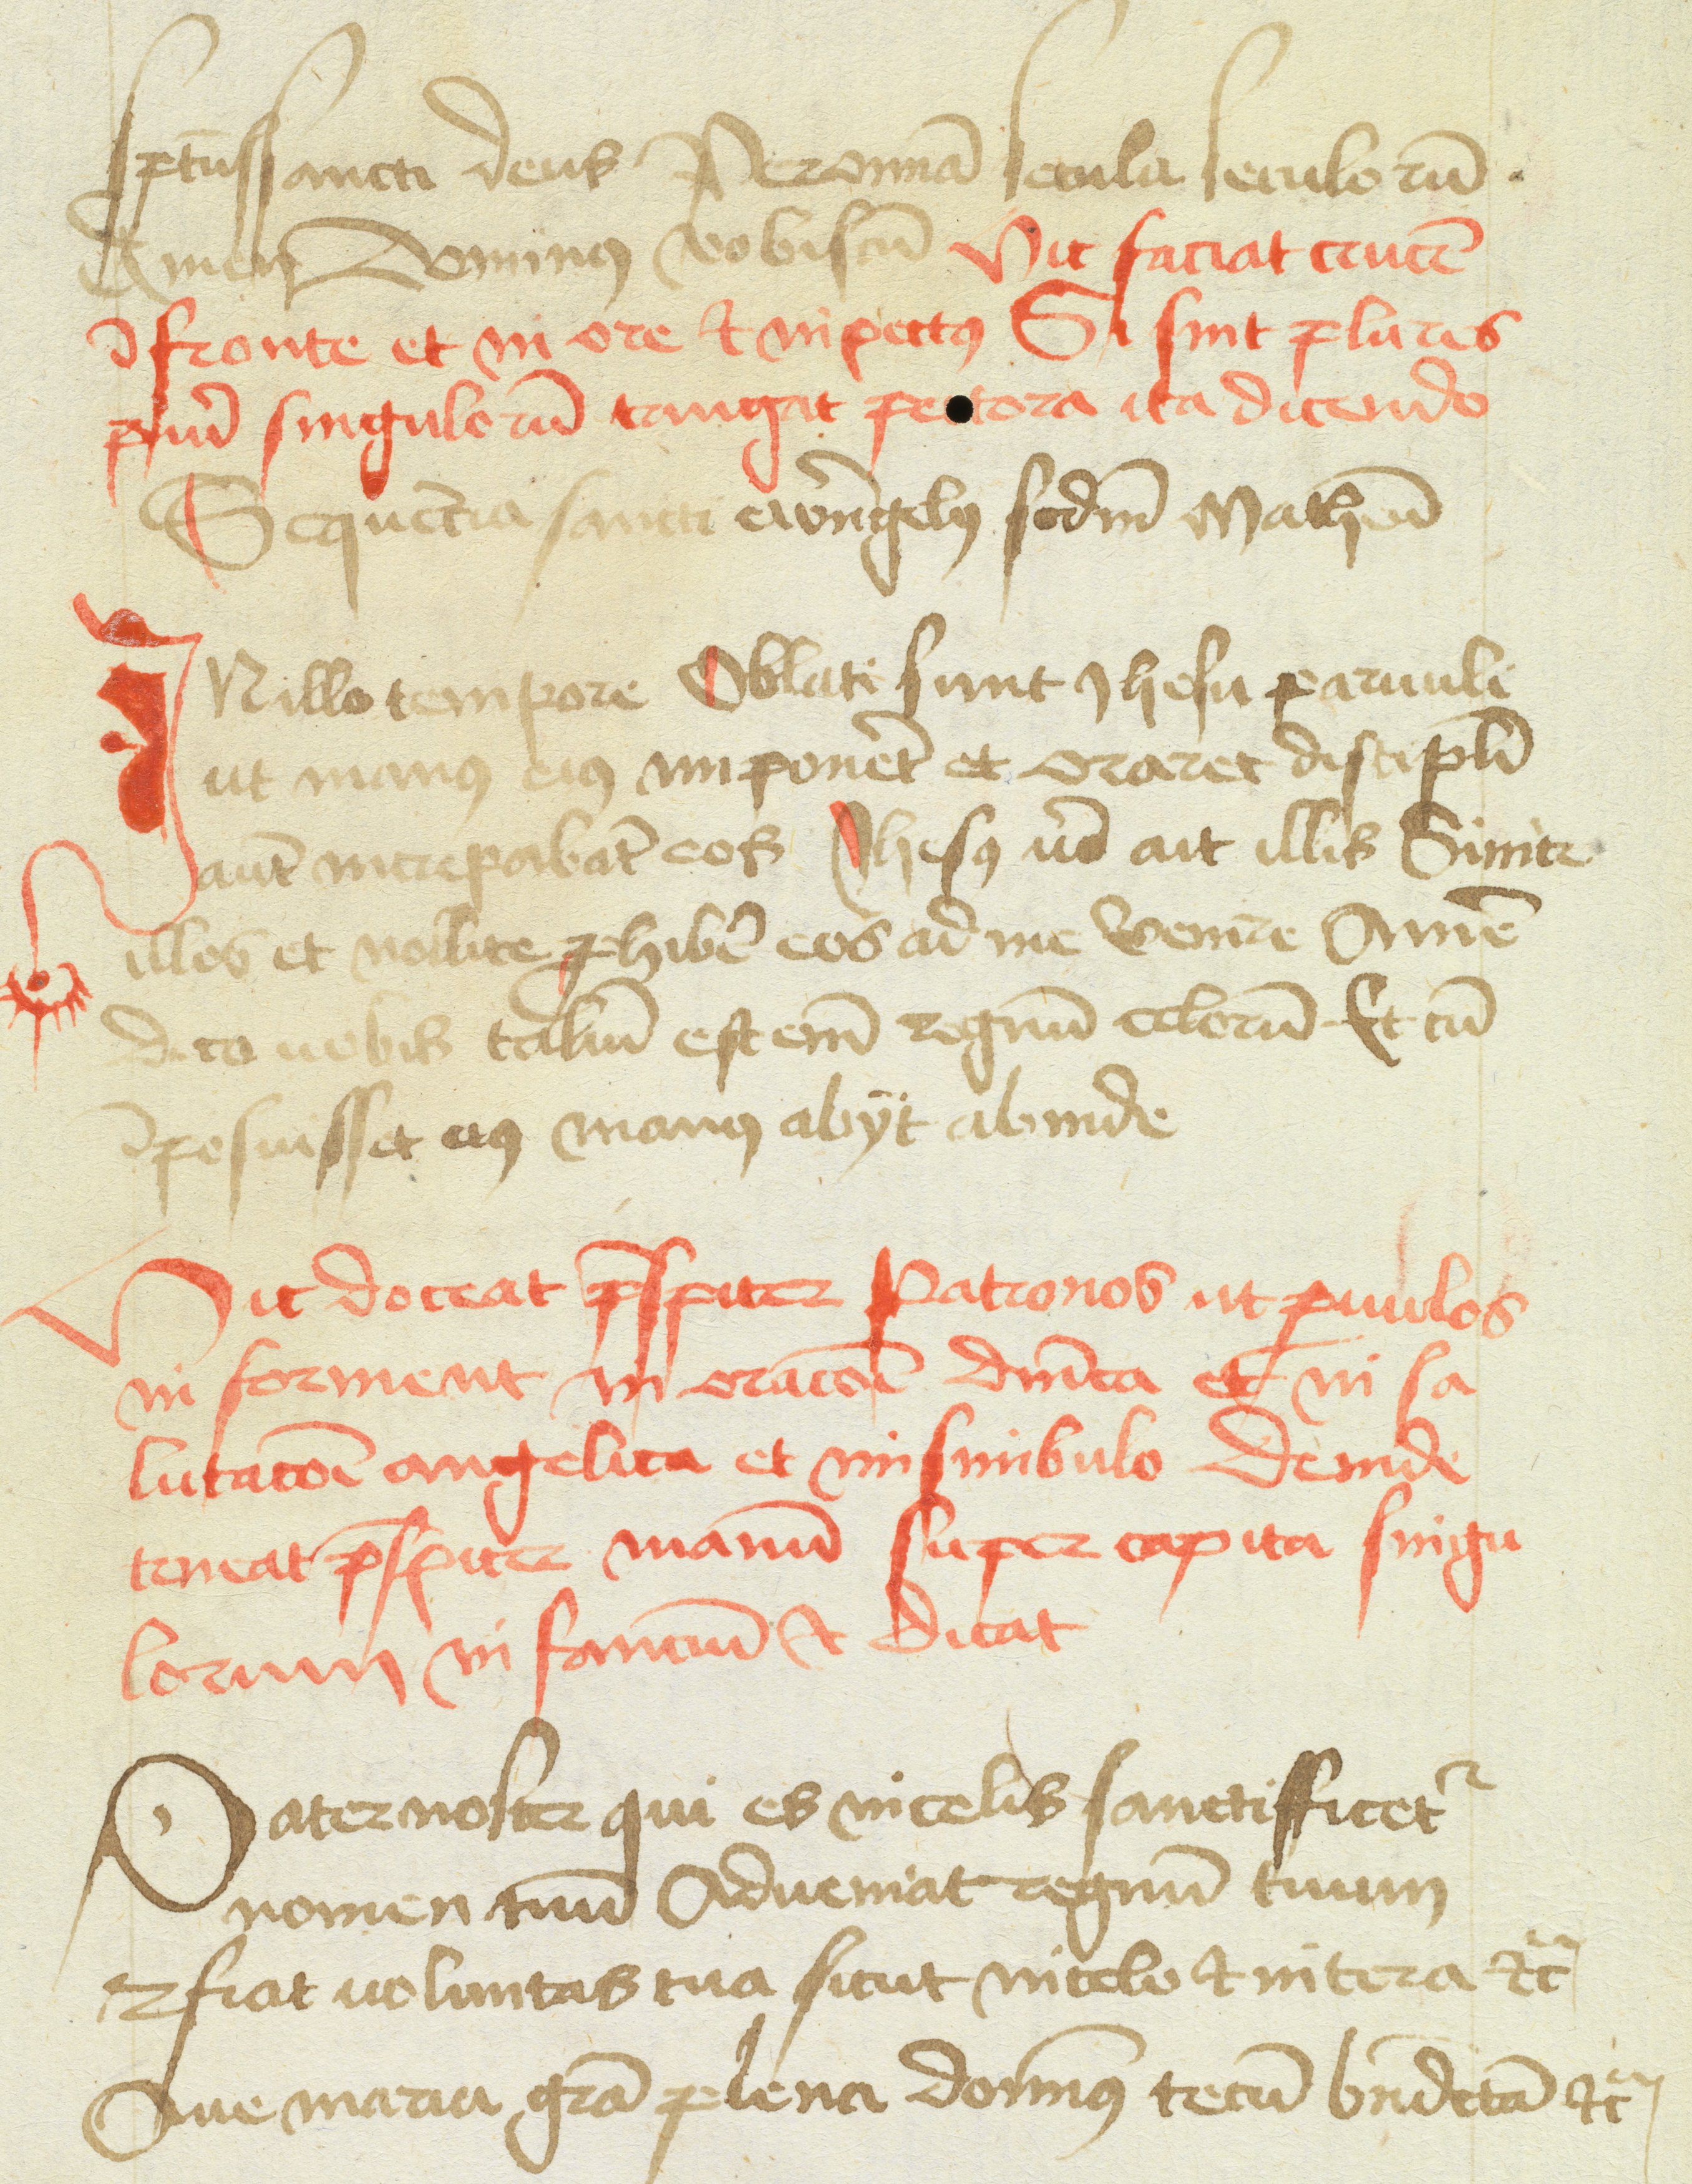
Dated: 1477–1487